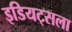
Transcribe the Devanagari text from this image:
इडियट्सला